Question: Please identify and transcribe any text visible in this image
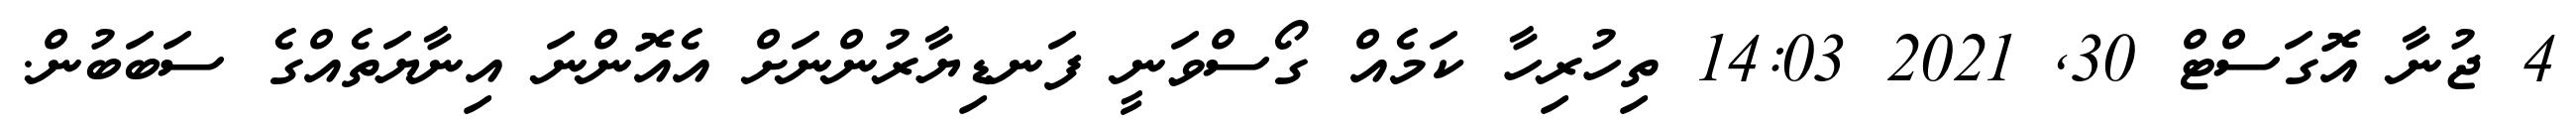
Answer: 4 ޖުނާ އޮގަސްޓް 30, 2021 14:03 ތިހުރިހާ ކަމެއް ގޯސްވަނީ ފަނޑިޔާރުންނަށް އެއޮންނަ އިނާޔަތެއްގެ ސަބަބުން.